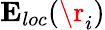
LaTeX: \mathbf E_{loc}(\r_{i})